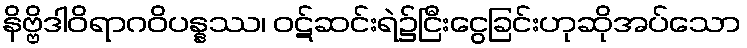
နိဗ္ဗိဒါဝိရာဂဝိပန္နဿ၊ ဝဋ်ဆင်းရဲ၌ငြီးငွေခြင်းဟုဆိုအပ်သော